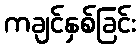
ကချင်နှစ်ခြင်း